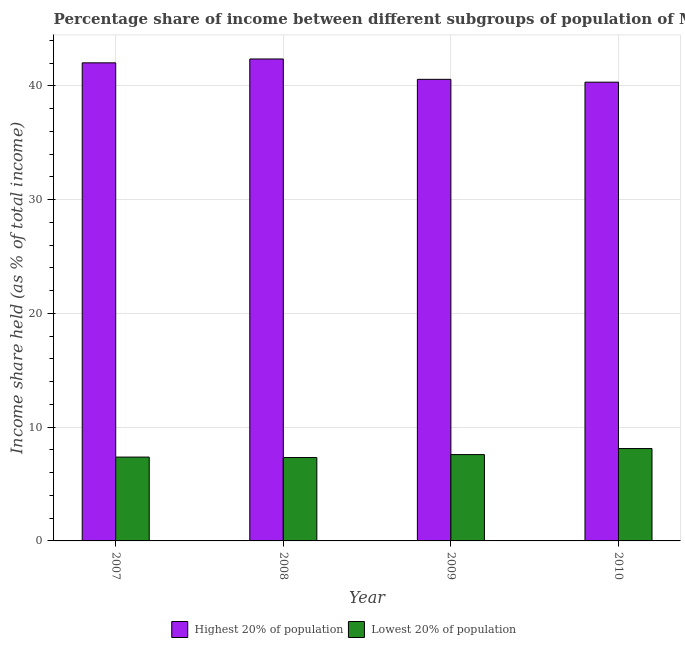
| Year | Highest 20% of population | Lowest 20% of population |
 | --- | --- | --- |
 | 2007 | 42 | 7.37 |
 | 2008 | 42.4 | 7.33 |
 | 2009 | 40.6 | 7.59 |
 | 2010 | 40.3 | 8.12 |